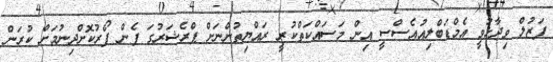
ފަޒުލް ވިދާޅުވީ އެމްޑަބްލިއުއެސްސީ އިން މަސައްކަތްކުރީ ރައްޔިތުންނަށް ޕްރެޝަރުގަ ފެން ފޯރުކޮށްދިނުމަށް ކުރަން